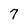
Character: 7